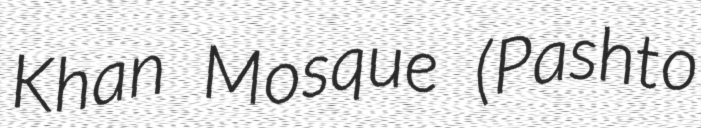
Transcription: Khan Mosque (Pashto